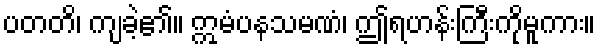
ပတတိ၊ ကျခဲ့၏။ ဣမံပနသမဏံ၊ ဤရဟန်းကြီးကိုမူကား။